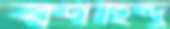
বর্ণহিন্দু